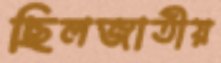
ছিলজাতীয়